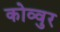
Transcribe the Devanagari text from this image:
कोव्वुर